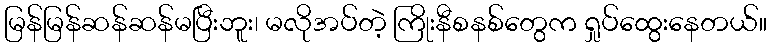
မြန်မြန်ဆန်ဆန်မပြီးဘူး၊ မလိုအပ်တဲ့ ကြိုးနီစနစ်တွေက ရှုပ်ထွေးနေတယ်။